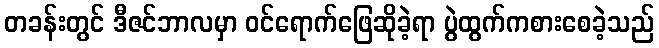
တခန်းတွင် ဒီဇင်ဘာလမှာ ဝင်ရောက်ဖြေဆိုခဲ့ရာ ပွဲထွက်ကစားစေခဲ့သည်